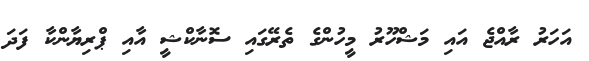
އަހަރު ރާއްޖެ އައި މަޝްހޫރު މީހުންގެ ތެރޭގައި ސޮނާކްޝީ އާއި ޕްރިޔާންކާ ފަދަ